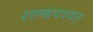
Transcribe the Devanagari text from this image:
शल्कपत्रवत्‌